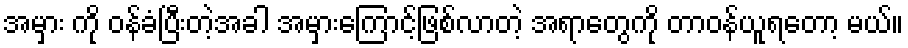
အမှား ကို ဝန်ခံပြီးတဲ့အခါ အမှားကြောင့်ဖြစ်လာတဲ့ အရာတွေကို တာဝန်ယူရတော့ မယ်။